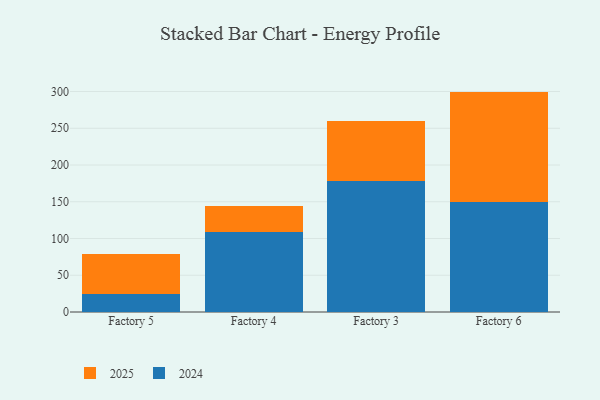
{"axis": {"x": "Factory", "y": "Energy Usage (MWh)"}, "legend": ["2024", "2025"], "data": [{"x": "Factory 5", "y": 54.0, "type": "2025"}, {"x": "Factory 5", "y": 24.9, "type": "2024"}, {"x": "Factory 4", "y": 34.2, "type": "2025"}, {"x": "Factory 4", "y": 109.4, "type": "2024"}, {"x": "Factory 3", "y": 81.8, "type": "2025"}, {"x": "Factory 3", "y": 178.1, "type": "2024"}, {"x": "Factory 6", "y": 150.4, "type": "2025"}, {"x": "Factory 6", "y": 149.5, "type": "2024"}]}